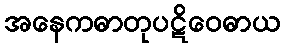
အနေကဓာတုပဋိဝေဓာယ